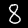
Label: 8